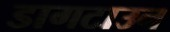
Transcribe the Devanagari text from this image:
डागटाउन